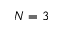
N = 3